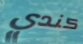
كندي